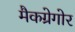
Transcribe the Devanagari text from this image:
मैकग्रेगोर